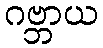
ဂဗ္ဘာယ